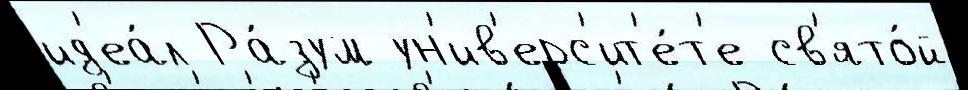
ид'еа́л Ра́зум ун'ив'ерс'ит'е́т'е св'ято́й